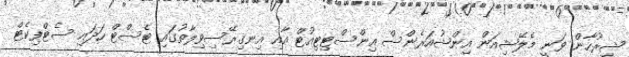
ޝިރުހާން ވަނީ މެލޭޝިއަން އިންޝުއަރެންސް އިންސްޓިޓިއުޓް އާއި އިނގިރޭސިވިލާތުގައި ޓެސްޓް ހަދައި ސެޓްފިކެޓް